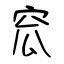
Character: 窊